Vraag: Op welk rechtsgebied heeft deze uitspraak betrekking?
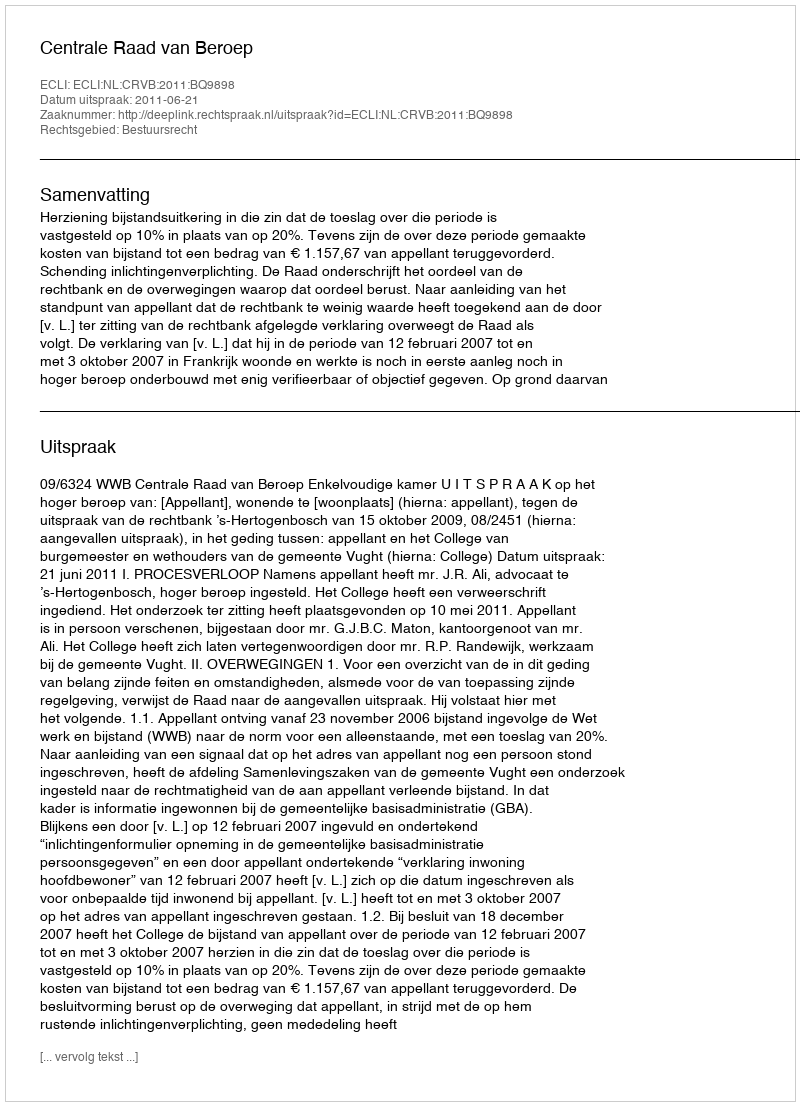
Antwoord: Bestuursrecht